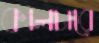
কালচারে